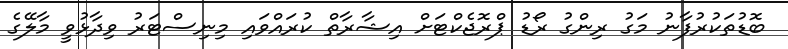
ބޮޑުތަކުރުފާނު މަގު ރިންގު ރޯޑު ޕްރޮޖެކްޓަށް އިޝާރާތް ކުރައްވައި މިނިސްޓަރު ވިދާޅުވީ މާލޭގެ